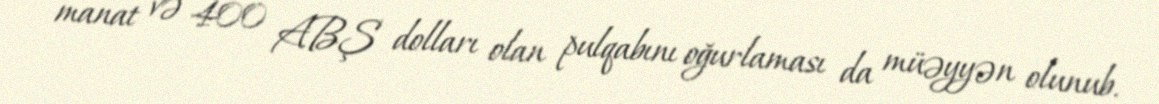
manat və 400 ABŞ dolları olan pulqabını oğurlaması da müəyyən olunub.